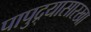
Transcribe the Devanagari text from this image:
पापुद्र्यासारखा